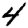
Digit: 4